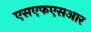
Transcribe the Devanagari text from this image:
एसएफएसआर